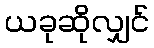
ယခုဆိုလျှင်